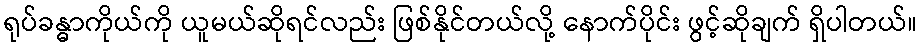
ရုပ်ခန္ဓာကိုယ်ကို ယူမယ်ဆိုရင်လည်း ဖြစ်နိုင်တယ်လို့ နောက်ပိုင်း ဖွင့်ဆိုချက် ရှိပါတယ်။